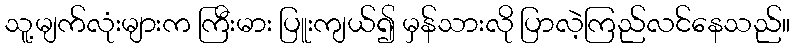
သူ့မျက်လုံးများက ကြီးမား ပြူးကျယ်၍ မှန်သားလို ပြာလဲ့ကြည်လင်နေသည်။